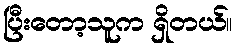
ပြီးတော့သူက ရှိတယ်။